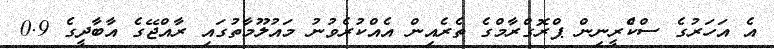
އެ އަހަރުގެ ސްކްެރީނިން ޕްރޮގްރާމްގެ ތެރެއިން އެއްކުރެވުނު މައުލޫމާތުގައި ރާއްޖޭގެ އާބާދީގެ 0.9